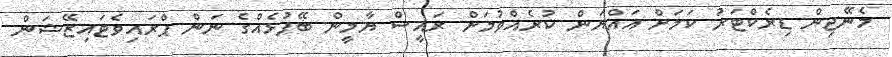
މެނޭޖިން ޑިރެކްޓަރު ކަމަށް އައްޔަން ކުރެއްވުމަށް ރައީސް ޔާމީން ބޭފުޅެއްގެ ނަން ޕްރައިވެޓައިޒޭޝަން